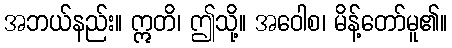
အဘယ်နည်း။ ဣတိ၊ ဤသို့။ အဝေါစ၊ မိန့်တော်မူ၏။